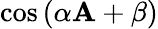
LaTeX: \cos\left(\alpha\mathbf{A}+\beta\right)